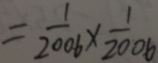
= \frac { 1 } { 2 0 0 6 } \times \frac { 1 } { 2 0 0 6 }